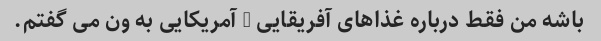
باشه من فقط درباره غذاهای آفریقایی - آمریکایی به ون می گفتم.